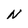
Character: N